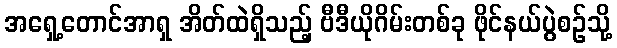
အရှေ့တောင်အာရှ အိတ်ထဲရှိသည့် ဗီဒီယိုဂိမ်းတစ်ခု ဖိုင်နယ်ပွဲစဉ်သို့